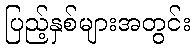
ပြည့်နှစ်များအတွင်း